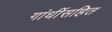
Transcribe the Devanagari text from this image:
गांधींसहित